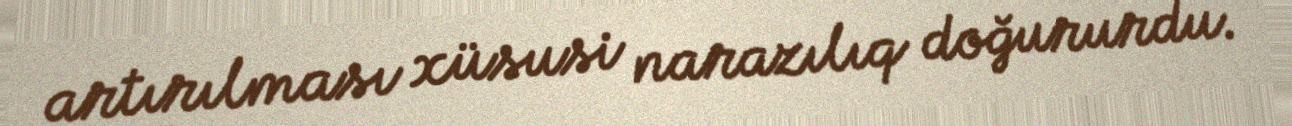
artırılması xüsusi narazılıq doğururdu.